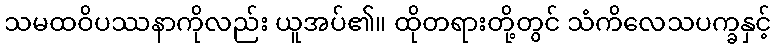
သမထဝိပဿနာကိုလည်း ယူအပ်၏။ ထိုတရားတို့တွင် သံကိလေသပက္ခနှင့်